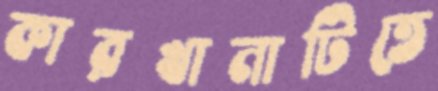
কারখানাটিতে